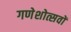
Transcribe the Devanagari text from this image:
गणेशोत्सवों